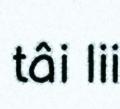
tâi lii